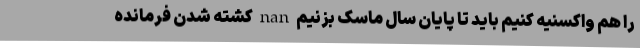
را هم واکسنیه کنیم باید تا پایان سال ماسک بزنیم nan کشته شدن فرمانده